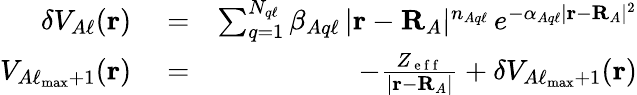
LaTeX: \begin{array}{rlr}{\delta V_{A\ell}(\mathbf{r})}&{{}=}&{\sum_{q=1}^{N_{q\ell}}\beta_{Aq\ell}\, |\mathbf{r}-\mathbf{R}_{A}|^{n_{Aq\ell}}\, e^{-\alpha_{Aq\ell}|\mathbf{r}-\mathbf{R}_{A}|^{2}}}\\ {V_{A\ell_{\operatorname*{max}}+1}(\mathbf{r})}&{{}=}&{-\frac{Z_{\mathrm{~e~f~f~}}}{|\mathbf{r}-\mathbf{R}_{A}|}+\delta V_{A\ell_{\operatorname*{max}}+1}(\mathbf{r})}\end{array}